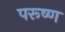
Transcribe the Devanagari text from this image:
परूष्ण